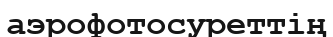
аэрофотосуреттің